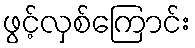
ဖွင့်လှစ်ကြောင်း